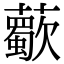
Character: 𧃏